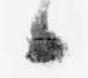
候